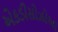
એકડીસોઝોઆ